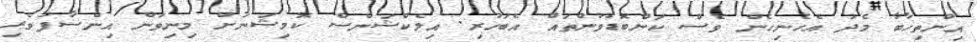
އިންތިހާބާ މެދު އެހެނިހެން ވެސް ކަންބޮޑުވުންތައް އެބަހުރި. އިލެކްޝަންސް ކޮމިޝަނަށް މިނިވަން އިންސާފުވެރި